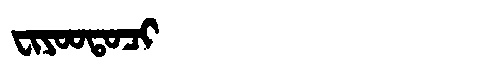
Manchu: ᠸᡳᠶᠣᠣᡨᠣᠴᡳ
Romanization: FIYOOTOCI